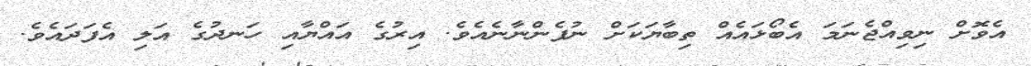
އެވޮށް ނިވިއްޖެނަމަ އެބޯޅައެއް ތިބާޔަކަށް ނުފެންނާނެއެވެ. އިރުގެ އައްޔާއި ހަނދުގެ އަލި އެފަދައެވެ.